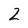
Character: 2